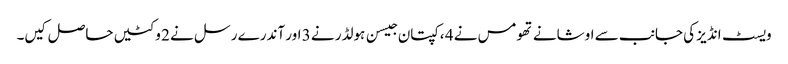
ویسٹ انڈیز کی جانب سے اوشانے تھومس نے 4 ، کپتان جیسن ہولڈر نے 3 اور آندرے رسل نے 2 وکٹیں حاصل کیں۔